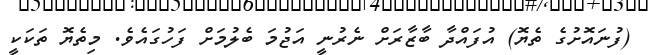
(ފުނައޮށުގެ ތެޔޮ) އުފައްދާ ބާޒާރަށް ނެރުނީ އަޖުމަ ބެލުމަށް ފަހުގައެވެ. މިތެޔޮ ތަކަކީ